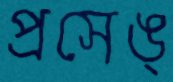
প্রসেঙ্